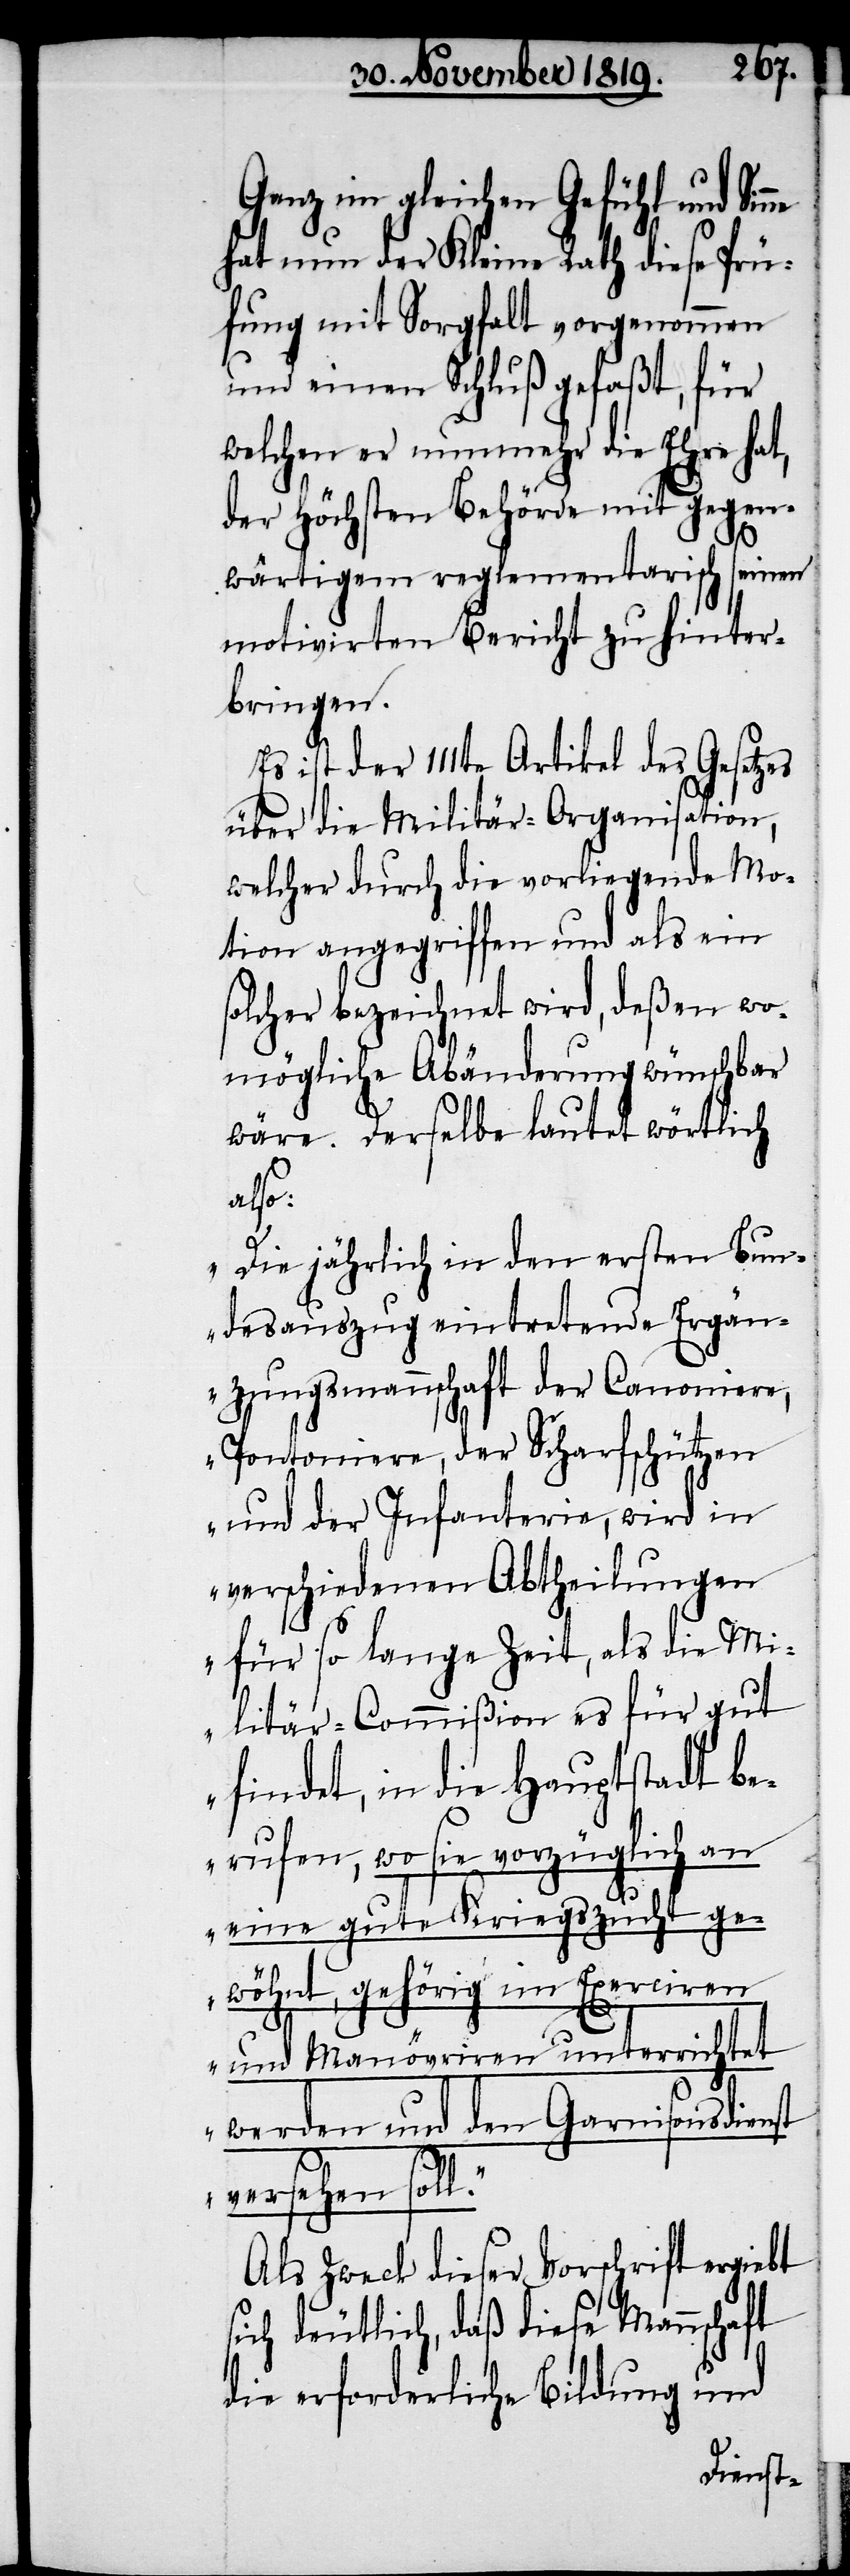
Ganz im gleichen Gefühl und Sin¬
hat nun der Kleine Rath diese Prü¬
fung mit Sorgfalt vorgenommen
und einen Schluß gefaßt, für
welchen er nunmehr die Ehre hat,
der Höchsten Behörde mit Gegen¬
wärtigem reglementarisch seinen
motivirten Bericht zu hinter¬
bringen.
Es ist der 111te Artikel des Gesetzes
über die Militär-Organisation,
welcher durch die vorliegende Mo¬
tion angegriffen und als ein
solcher bezeichnet wird, deßen wo¬
mögliche Abänderung wünschbar
wäre. Derselbe lautet wörtlich
also:
„Die jährlich in den ersten Bun¬
desauszug eintretende Ergän¬
zungsmannschaft der Canoniere,
Pontoniere, der Scharfschützen
und der Infanterie, wird in
verschiedenen Abtheilungen
für so lange Zeit, als die Mi¬
litär-Commißion es für gut
findet, in die Hauptstadt be¬
rufen, wo sie vorzüglich an
eine gute Kriegszucht ge¬
l.“
wöhnt, gehörig im Exerciren
und Manövriren unterrichtet
werden und den Garnisonsdienst
versehen sol¬
Als Zweck dieser Vorschrift ergiebt
sich deutlich, daß diese Mannschaft
die erforderliche Bildung und